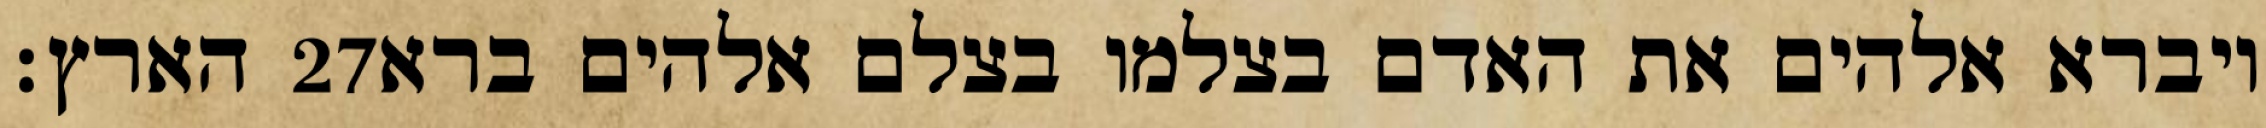
הארץ׃ ‎27‏ ויברא אלהים את האדם בצלמו בצלם אלהים ברא